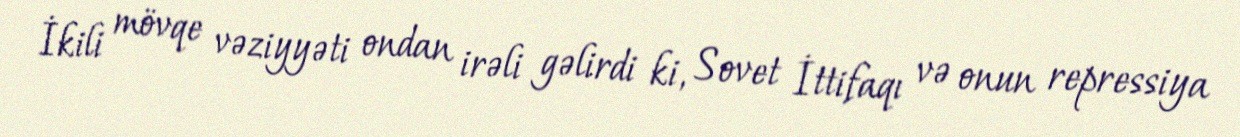
İkili mövqe vəziyyəti ondan irəli gəlirdi ki, Sovet İttifaqı və onun repressiya